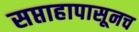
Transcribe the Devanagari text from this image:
सप्ताहापासूनच